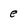
Character: e